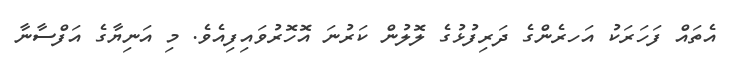
އެތައް ފަހަރަކު އަހރެންގެ ދަރިފުޅުގެ ލޮލުން ކަރުނަ އޮހޮރުވައިފިއެވެ. މި އަނިޔާގެ އަފްސާނާ